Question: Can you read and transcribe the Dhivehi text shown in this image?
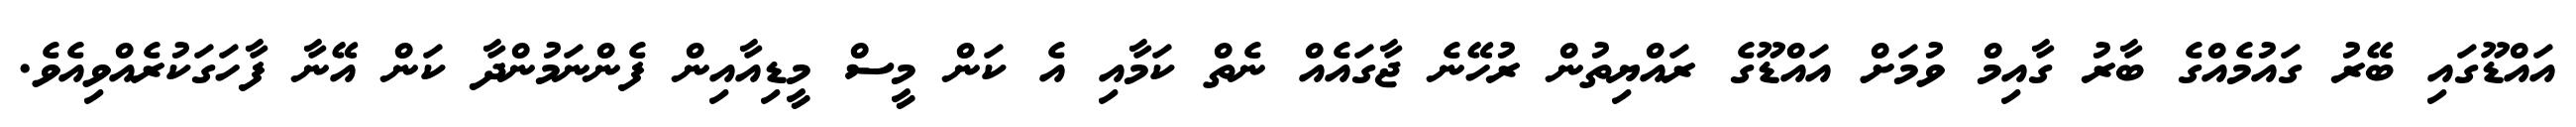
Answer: އައްޑޫގައި ބޭރު ގައުމެއްގެ ބާރު ގާއިމް ވުމަށް އައްޑޫގެ ރައްޔިތުން ރުހޭނެ ޖާގައެއް ނެތް ކަމާއި އެ ކަން މީސް މީޑިއާއިން ފެންނަމުންދާ ކަން އޭނާ ފާހަގަކުރެއްވިއެވެ.